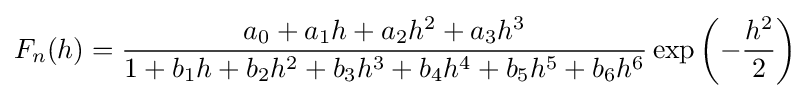
F_{n}(h)={\frac {a_{0}+a_{1}h+a_{2}h^{2}+a_{3}h^{3}}{1+b_{1}h+b_{2}h^{2}+b_{3}h^{3}+b_{4}h^{4}+b_{5}h^{5}+b_{6}h^{6}}}\exp \left(-{\frac {h^{2}}{2}}\right)